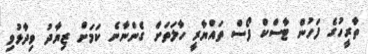
ތާރީހުގެ ފަހުން ޓާސްކް ފޯސް ތައްޔާރީ ހާލަތަށް ގެންނާނެ ކަމަށް ޒިޔާދު ވިދާޅުވި